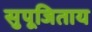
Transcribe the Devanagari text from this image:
सुपूजिताय